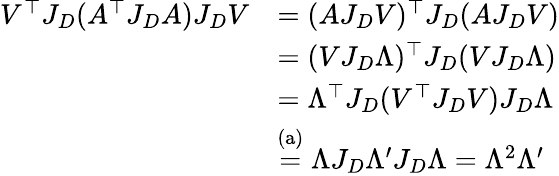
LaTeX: \begin{array}{rl}{V^{\top}J_{D}(A^{\top}J_{D}A)J_{D}V}&{=(AJ_{D}V)^{\top}J_{D}(AJ_{D}V)}\\ &{=(VJ_{D}\Lambda)^{\top}J_{D}(VJ_{D}\Lambda)}\\ &{=\Lambda^{\top}J_{D}(V^{\top}J_{D}V)J_{D}\Lambda}\\ &{\stackrel{\mathrm{(a)}}{=}\Lambda J_{D}\Lambda^{\prime}J_{D}\Lambda=\Lambda^{2}\Lambda^{\prime}}\end{array}